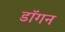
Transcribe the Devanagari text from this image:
डॉगन